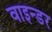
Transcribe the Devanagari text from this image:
वाइन्डर